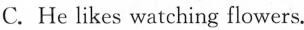
C. He likes watching flowers.